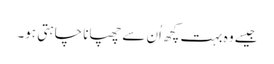
جیسے وہ بہت کچھ اُن سے چھپانا چاہتی ہو۔